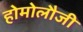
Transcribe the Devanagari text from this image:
होमोलौजी